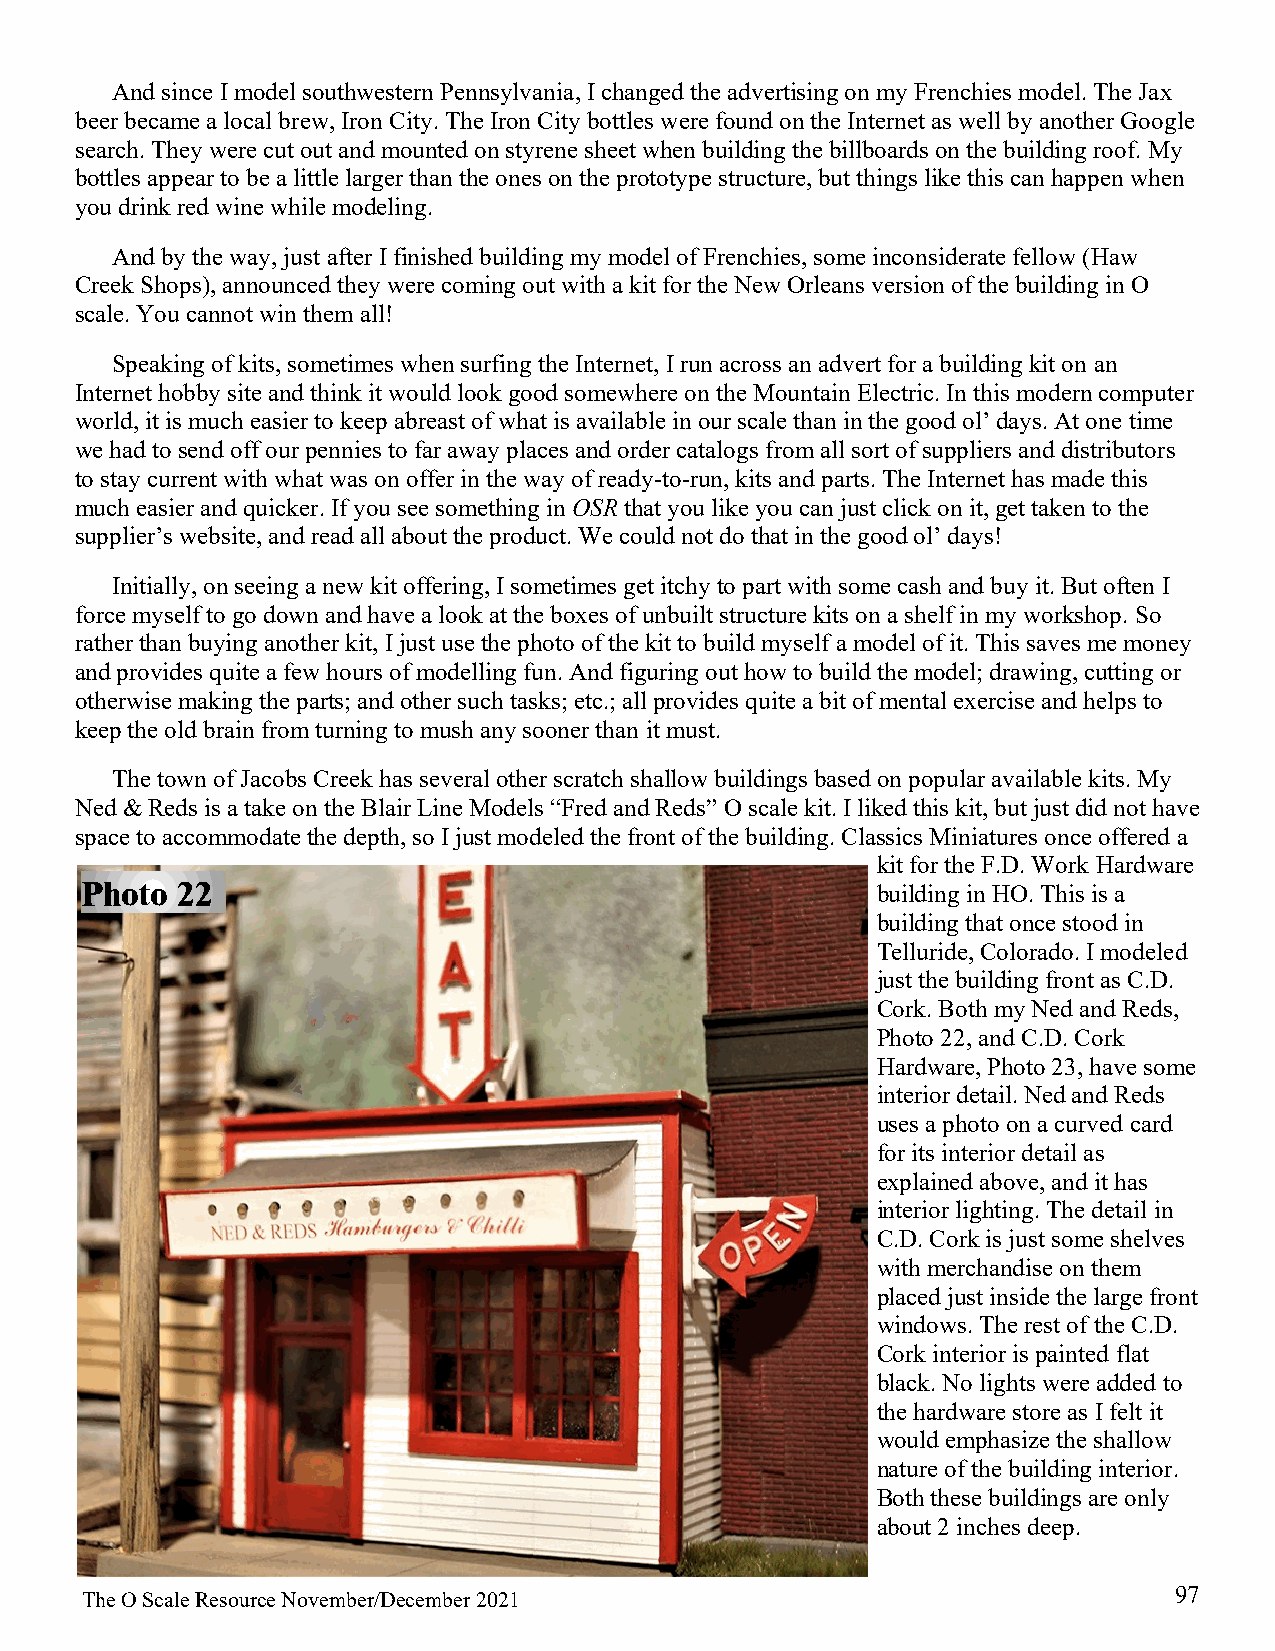
And since I model southwestern Pennsylvania, I changed the advertising on my Frenchies model. The Jax
 beer became a local brew, Iron City. The Iron City bottles were found on the Internet as well by another Google
 search. They were cut out and mounted on styrene sheet when building the billboards on the building roof. My
 bottles appear to be a little larger than the ones on the prototype structure, but things like this can happen when
 you drink red wine while modeling.
 And by the way, just after I finished building my model of Frenchies, some inconsiderate fellow (Haw
 Creek Shops), announced they were coming out with a kit for the New Orleans version of the building in O
 scale. You cannot win them all!
 Speaking of kits, sometimes when surfing the Internet, I run across an advert for a building kit on an
 Internet hobby site and think it would look good somewhere on the Mountain Electric. In this modern computer
 world, it is much easier to keep abreast of what is available in our scale than in the good ol’ days. At one time
 we had to send off our pennies to far away places and order catalogs from all sort of suppliers and distributors
 to stay current with what was on offer in the way of ready-to-run, kits and parts. The Internet has made this
 much easier and quicker. If you see something in OSR that you like you can just click on it, get taken to the
 supplier’s website, and read all about the product. We could not do that in the good ol’ days!
 Initially, on seeing a new kit offering, I sometimes get itchy to part with some cash and buy it. But often I
 force myself to go down and have a look at the boxes of unbuilt structure kits on a shelf in my workshop. So
 rather than buying another kit, I just use the photo of the kit to build myself a model of it. This saves me money
 and provides quite a few hours of modelling fun. And figuring out how to build the model; drawing, cutting or
 otherwise making the parts; and other such tasks; etc.; all provides quite a bit of mental exercise and helps to
 keep the old brain from turning to mush any sooner than it must.
 The town of Jacobs Creek has several other scratch shallow buildings based on popular available kits. My
 Ned & Reds is a take on the Blair Line Models “Fred and Reds” O scale kit. I liked this kit, but just did not have
 space to accommodate the depth, so I just modeled the front of the building. Classics Miniatures once offered a
 kit for the F.D. Work Hardware
 Photo  22                                            building in HO. This is a
 building that once stood in
 Telluride, Colorado. I modeled
 just the building front as C.D.
 Cork. Both my Ned and Reds,
 Photo 22, and C.D. Cork
 Hardware, Photo 23, have some
 interior detail. Ned and Reds
 uses a photo on a curved card
 for its interior detail as
 explained above, and it has
 interior lighting. The detail in
 C.D. Cork is just some shelves
 with merchandise on them
 placed just inside the large front
 windows. The rest of the C.D.
 Cork interior is painted flat
 black. No lights were added to
 the hardware store as I felt it
 would emphasize the shallow
 nature of the building interior.
 Both these buildings are only
 about 2 inches deep.
 97
 The O Scale Resource November/December 2021